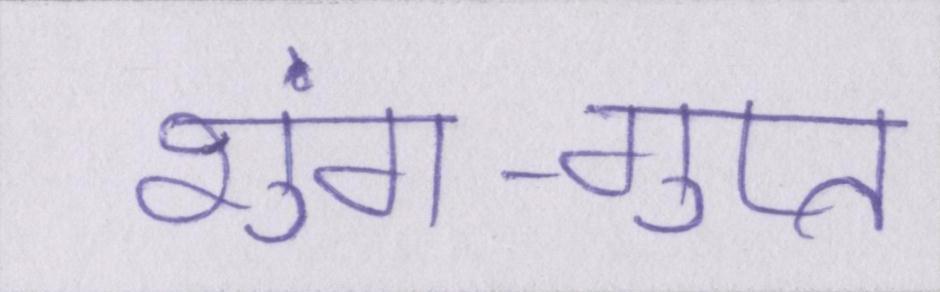
शुंग-गुप्त